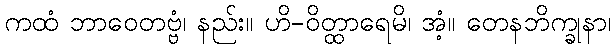
ကထံ ဘာဝေတဗ္ဗံ၊ နည်း။ ဟိ-ဝိတ္ထာရေမိ၊ အံ့။ တေနဘိက္ခုနာ၊